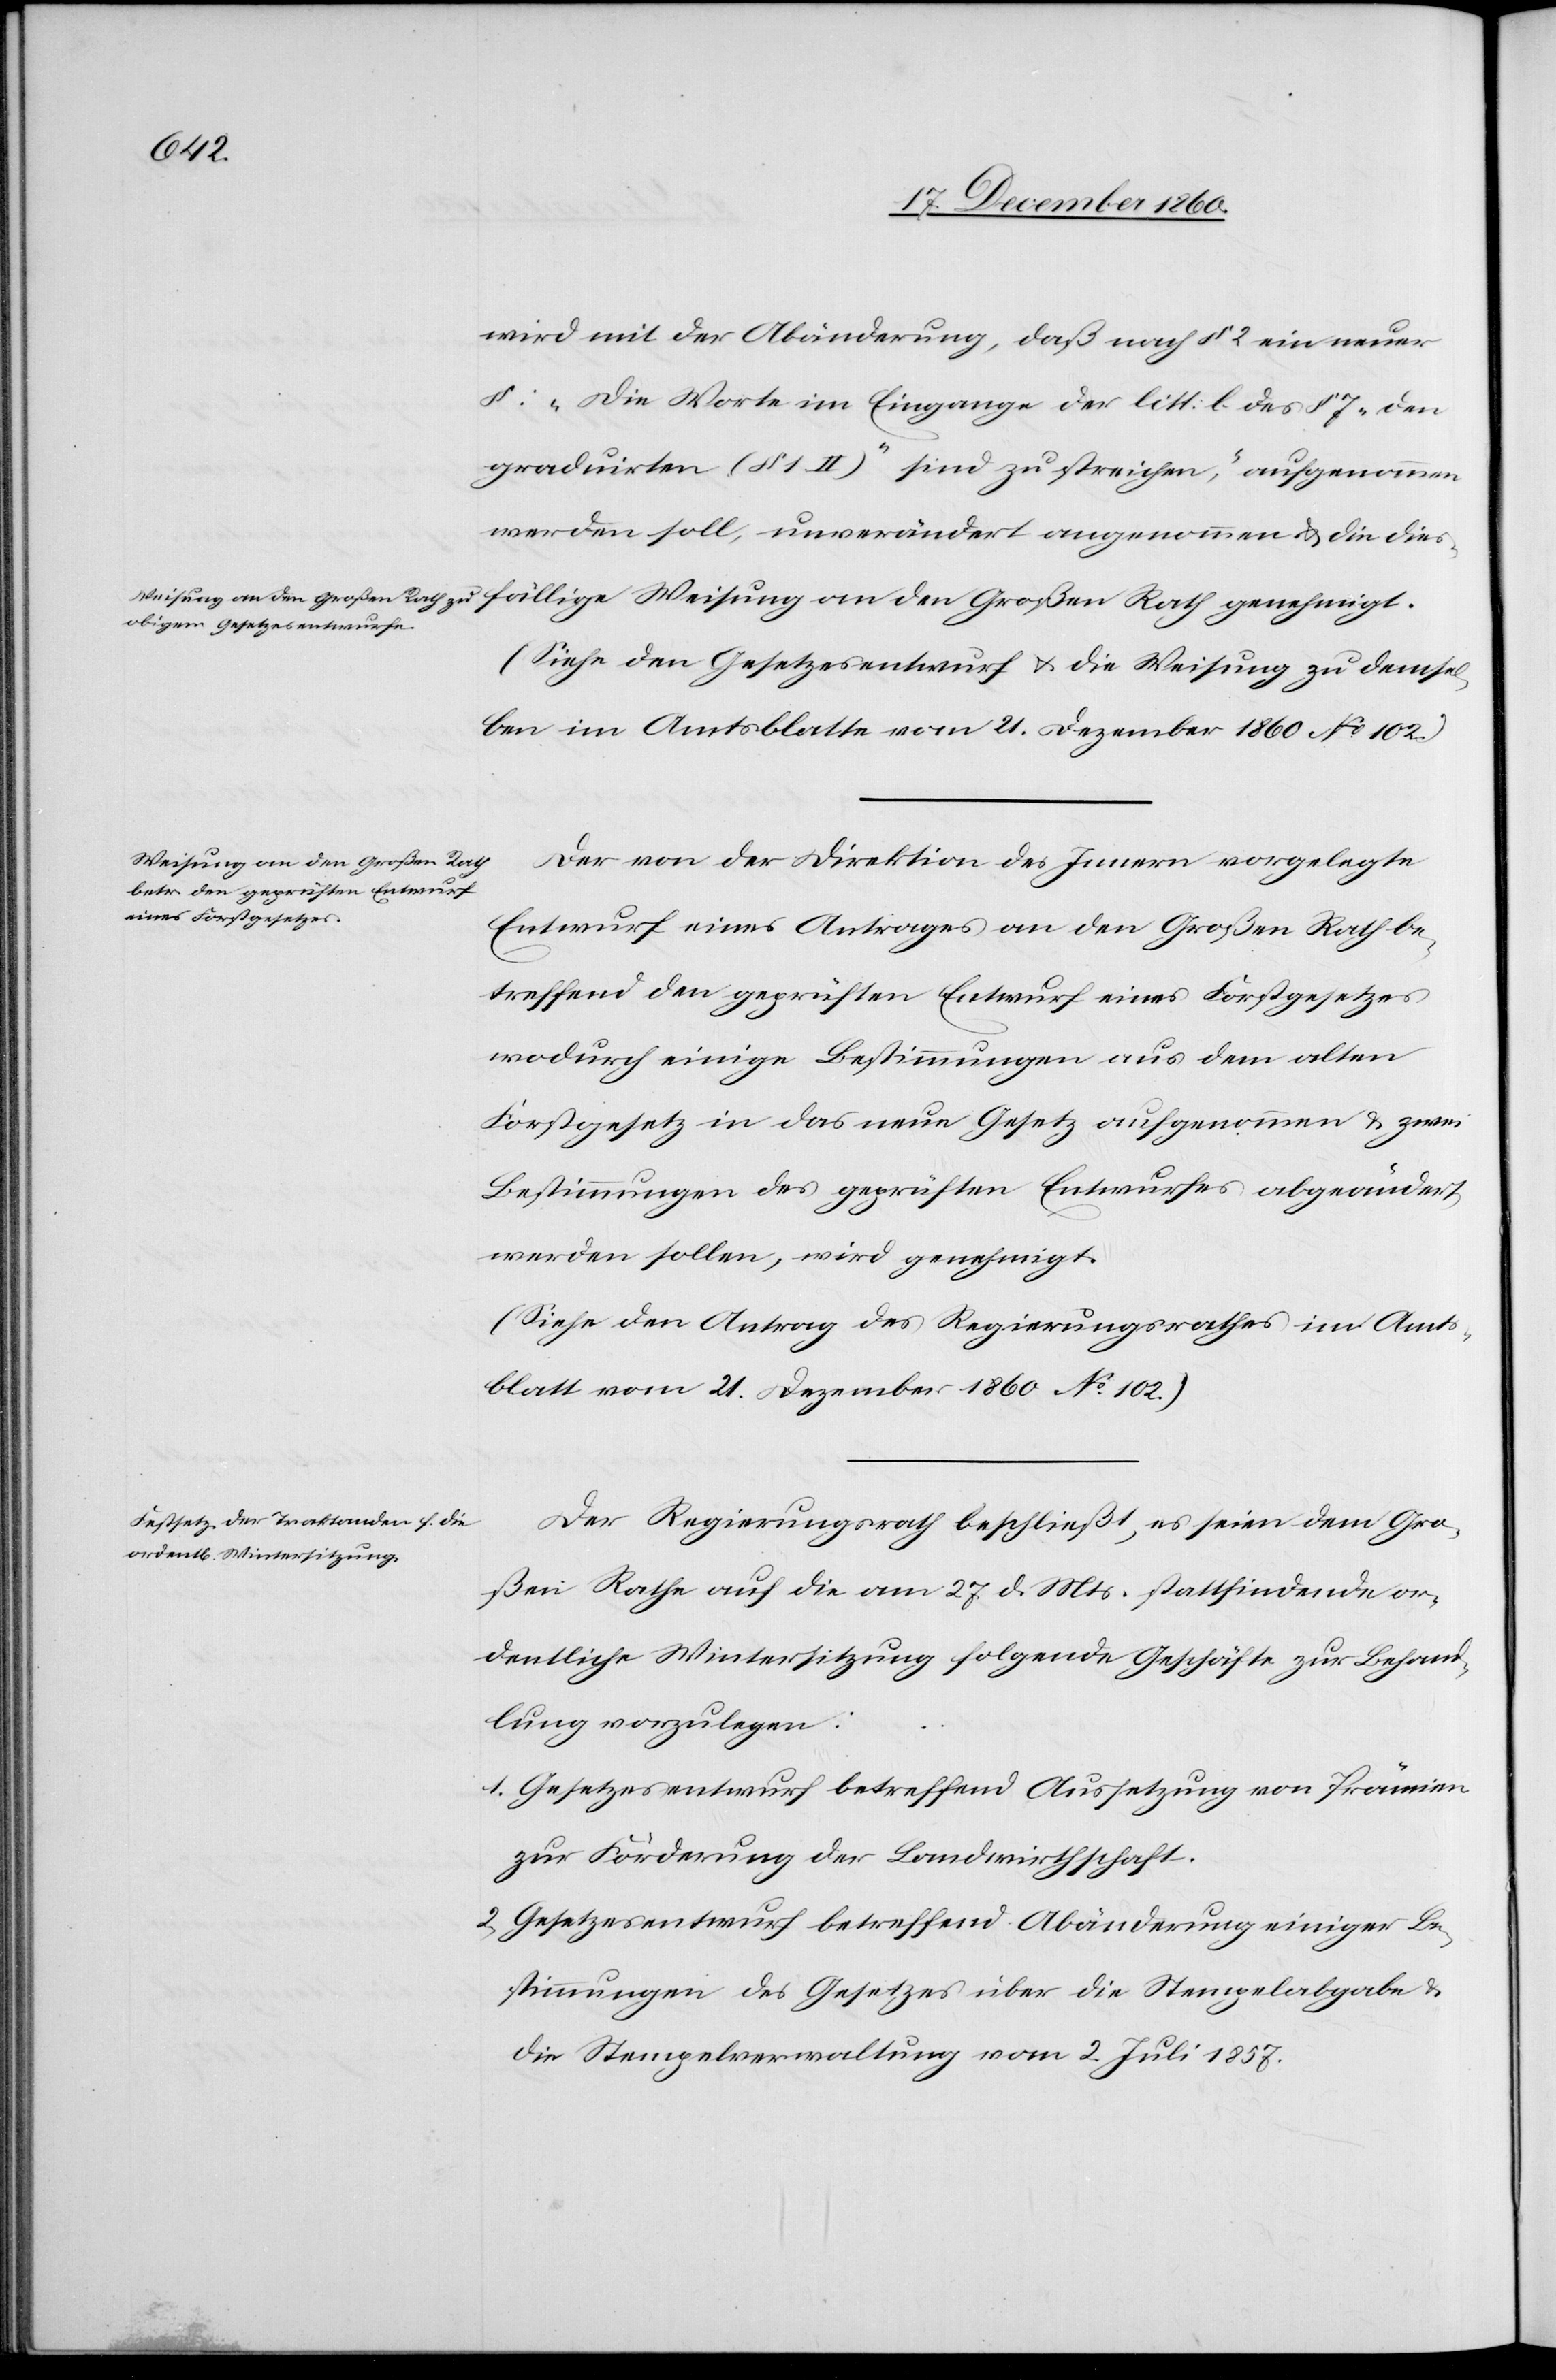
wird mit Abänderung, daß nach § 2 ein neuer
§: „Die Worte im Eingange der litt b des § 7 „den
Graduirten (§ 1 II)“ sind zu streichen“, aufgenommen
werden soll, unverändert angenommen u. die dies-
(Siehe den Gesetzesentwurf u. die Weisung zu demsel¬
ben im Amtsblatte vom 21. Dezember 1860 No 102.)
Weisung an den Großen Rath
Der von der Direktion des Innern vorgelegte
Entwurf eines Antrages an den Großen Rath be¬
treffend den geprüften Entwurf eines Forstgesetzes
wodurch einige Bestimmungen aus dem alten
Forstgesetz in das neue Gesetz aufgenommen u. zwei
Bestimmungen des geprüften Entwurfes abgeändert
werden sollen, wird genehmigt.
(Siehe den Anhang des Regierungsrathes im Amts¬
blatt vom 21. Dezember 1760 No 102.)
Der Regierungsrath beschließt, es seien dem Gro¬
ßen Rathe auf die am 27. d. Mts. stattfindende or¬
dentliche Wintersitzung folgende Geschäfte zur Behand¬
lung vorzulegen:
1. Gesetzesentwurf betreffend Aussetzung von Prämien
zur Förderung der Landwirthschaft.
2. Gesetzesentwurf betreffend Abänderung einiger Be¬
stimmungen des Gesetzes über die Stempelabgabe u.
die Stempelverwaltung vom 2. Juli 1857.